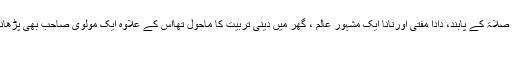
پیدائش مذہبی گھرانے میں ہوئی ، ماں اور بڑی بہن تہجد گزار، والد صوم صلاۃ کے پابند، دادا مفتی اورنانا ایک مشہور عالم ، گھر میں دینی تربیت کا ماحول تھااس کے علاوہ ایک مولوی صاحب بھی پڑھانے آتے ، بارہ تیرہ سال کی عمر میں تو گویا پورے ملا بن گئے تھے،…
ایڈمن 18 June مذہب